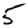
Digit: 5